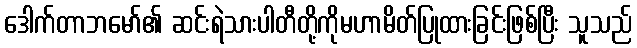
ဒေါက်တာဘမော်၏ ဆင်းရဲသားပါတီတို့ကိုမဟာမိတ်ပြုထားခြင်းဖြစ်ပြီး သူသည်